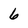
Character: 6